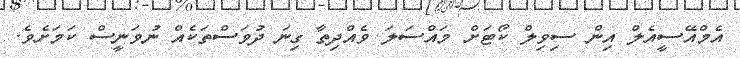
އެމްއޭސީއެލް އިން ސިވިލް ކޯޓަށް މައްސަލަ ވެއްދިތާ ގިނަ ދުވަސްތަކެއް ނުވަނީސް ކަމަށެވެ.